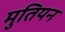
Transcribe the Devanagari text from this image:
मुतियन